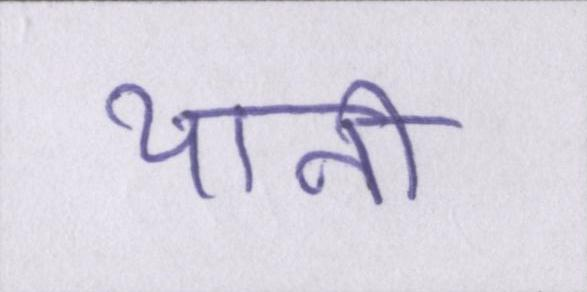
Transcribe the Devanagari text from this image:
यानी